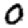
Digit: 0